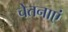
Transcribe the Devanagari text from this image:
चेतनाएं